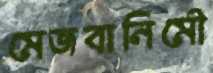
মেজবানিমৌ